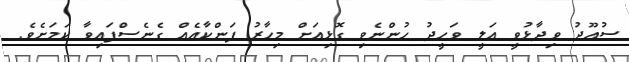
ސުއޫދު ވިދާޅުވީ އަލީ ވަހީދު ހުންނެވި ގޮޅިއަށް މިހާރު ފަންކާއެއް ގެނެސްފައިވާ ކަމަށެވެ.